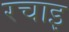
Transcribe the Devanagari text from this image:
रचाइ